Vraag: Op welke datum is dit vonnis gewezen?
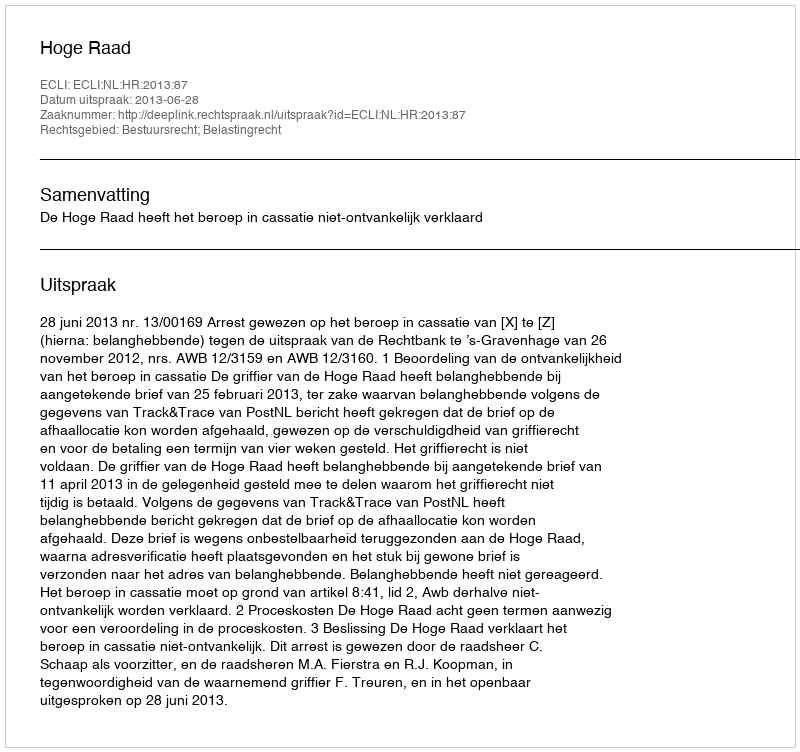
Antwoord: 2013-06-28